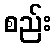
စည်း